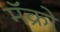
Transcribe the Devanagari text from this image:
मॅक्रो